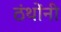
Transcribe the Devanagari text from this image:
ठंथोंनी